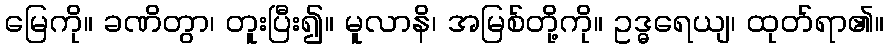
မြေကို။ ခဏိတွာ၊ တူးပြီး၍။ မူလာနိ၊ အမြစ်တို့ကို။ ဥဒ္ဓရေယျ၊ ထုတ်ရာ၏။